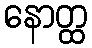
နောတ္ထ